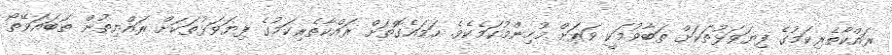
ރައްކާތެރިކަމުގެ ފިޔަވަޅުތަކަށް ތަބާވުމަކީ ވަރަށް މުހިންމުކަމެކެވެ. ހަމައެގޮތަށް ރައްކާތެރިކަމުގެ ފިޔަވަޅުތަކަށް ރައްޔިތުން ތަބައަވޭތޯ